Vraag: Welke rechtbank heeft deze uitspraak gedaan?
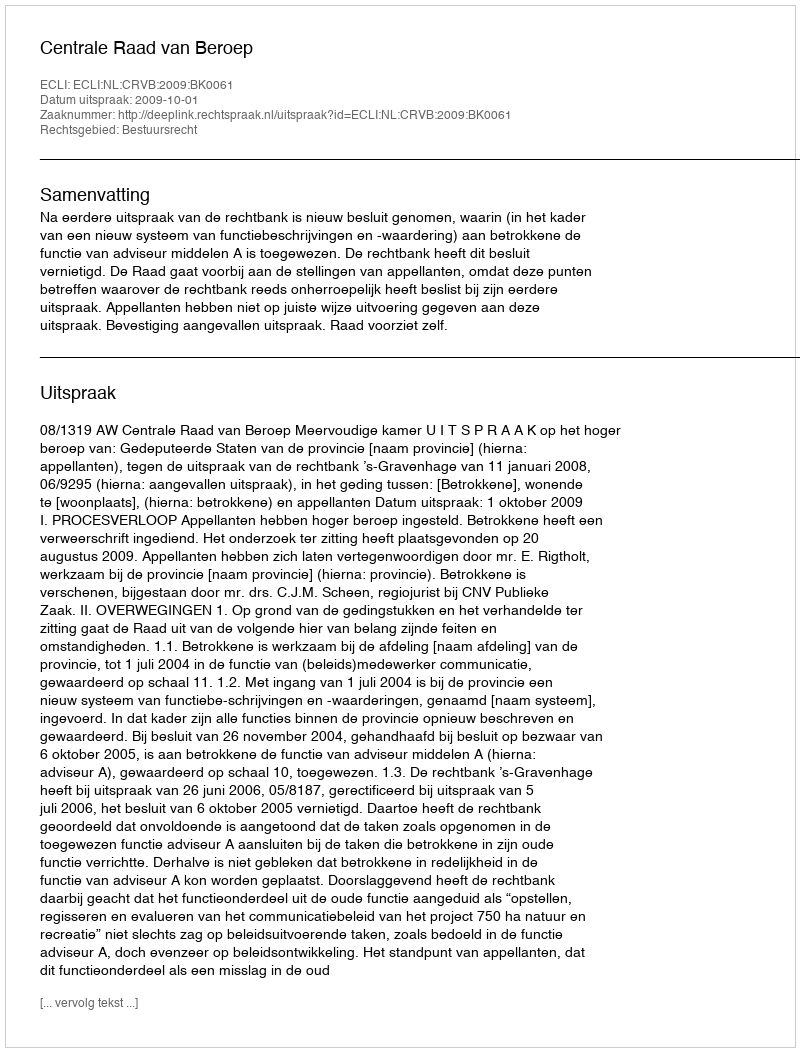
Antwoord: Centrale Raad van Beroep